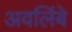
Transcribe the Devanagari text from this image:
अवलिंबे